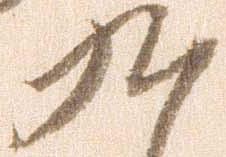
九